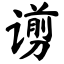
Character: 谫